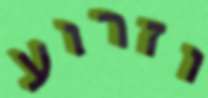
וזרוע